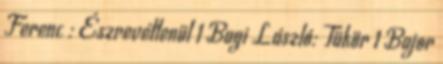
Ferenc : Észrevétlenül 1 Bagi László: Tükör 1 Bajor